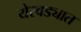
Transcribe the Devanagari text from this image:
येरवड्यात